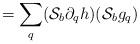
LaTeX: \begin{align*}=\sum_q ({\cal S}_b\partial_q h)({\cal S}_b g_q)\end{align*}